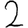
Digit: 2